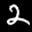
Label: 2